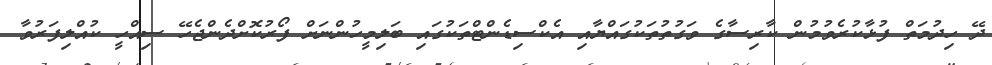
ދޭ ހިދުމަތް ފުޅާކުރެވުމުން ކާރިސާގެ ވަގުތުތަކުގައްޔާއި އެކްސިޑެންޓްތަކުގައި ބަލިމީހުންނަށް ފޯރުކޮށްދެންޖެހޭ ސިއްހީ ކުއްލިފަރުވާ